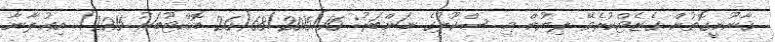
ޤާނޫނީގޮތުން ގެޒެޓްކުރެވޭ ލިޔުން މި ސްކޫލުގެ ނަންބަރު: 68/2015/16(26 އޮކްޓޫބަރު 2015) އިޢުލާނާ